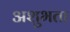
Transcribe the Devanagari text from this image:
अशुभता